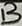
Text: B